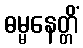
ဓမ္မနေတ္တိံ